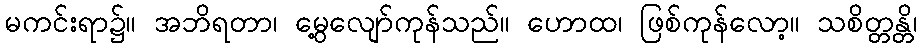
မကင်းရာ၌။ အဘိရတာ၊ မွေ့လျော်ကုန်သည်။ ဟောထ၊ ဖြစ်ကုန်လော့။ သစိတ္တန္တိ၊